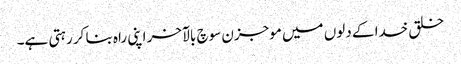
خلق خدا کے دلوں میں موجزن سوچ بالآخر اپنی راہ بنا کر رہتی ہے۔